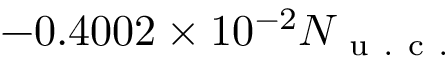
- 0 . 4 0 0 2 \times 1 0 ^ { - 2 } N _ { \mathrm { ~ u ~ . ~ c ~ . ~ } }